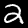
Label: 2